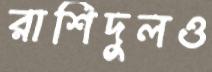
রাশিদুলও